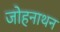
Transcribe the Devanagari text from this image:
जोहनाथन